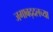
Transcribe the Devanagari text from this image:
जगाबद्दलच्या